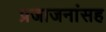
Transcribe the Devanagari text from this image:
प्रजाजनांसह